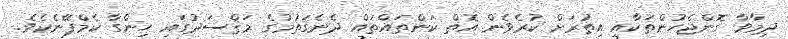
ދިމާވާ ގޮންޖެހުންތަކާއި އިތުރަށް ކުރެވެން އޮތް ކަންތައްތައް ދެނެގަތުމުގެ މަޤްސަދުގައި ހިންގާ ކެމްޕޭނެކެވެ.